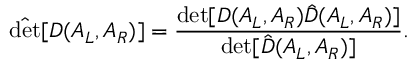
\hat { \operatorname * { d e t } } [ D ( A _ { L } , A _ { R } ) ] = { \frac { \operatorname * { d e t } [ D ( A _ { L } , A _ { R } ) \hat { D } ( A _ { L } , A _ { R } ) ] } { \operatorname * { d e t } [ \hat { D } ( A _ { L } , A _ { R } ) ] } } .